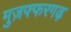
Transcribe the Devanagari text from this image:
मुज़फ्फरगढ़